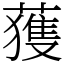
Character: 𫉬